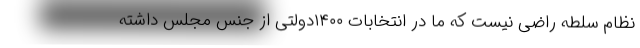
نظام سلطه راضی نیست که ما در انتخابات ۱۴۰۰دولتی از جنس مجلس داشته